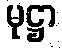
မုဋ္ဌာ